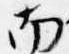
南